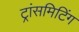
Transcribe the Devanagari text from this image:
ट्रांसमिटिंग